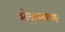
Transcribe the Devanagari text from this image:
ओव्हलवरच्या